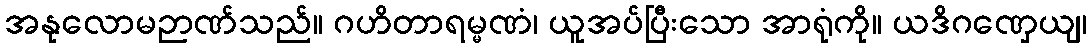
အနုလောမဉာဏ်သည်။ ဂဟိတာရမ္မဏံ၊ ယူအပ်ပြီးသော အာရုံကို။ ယဒိဂဏှေယျ၊